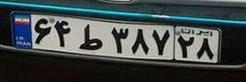
۶۴ط۳۸۷۲۸